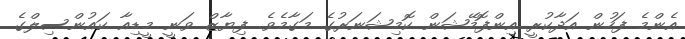
އެންމެ ފަހުން އަދާކުރީ އިންފޮމޭޝަން ކޮމިޝަނަރުގެ މަގާމެވެ. ފިޔާޒް ވަނީ މީޑިއާ ކައުންސިލްގެ